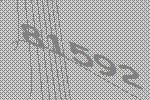
81592